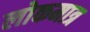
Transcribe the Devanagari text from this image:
लोकमात्र